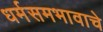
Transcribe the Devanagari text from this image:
धर्मसमभावाचे